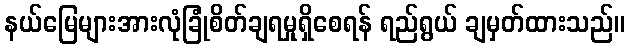
နယ်မြေများအားလုံခြုံစိတ်ချရမှုရှိစေရန် ရည်ရွယ် ချမှတ်ထားသည်။